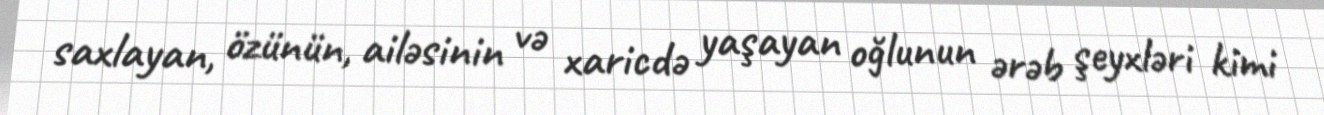
saxlayan, özünün, ailəsinin və xaricdə yaşayan oğlunun ərəb şeyxləri kimi